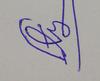
Signature authenticity: forged